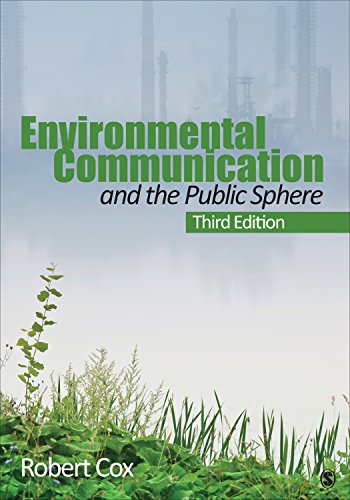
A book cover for Environmental Communication and the Public Sphere; J. Robert Cox; Business & Money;